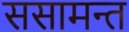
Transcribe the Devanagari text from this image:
ससामन्त